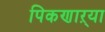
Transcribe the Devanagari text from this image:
पिकणाऱ्या